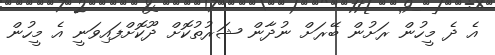
އެ ދެ މީހުން ރަށުން ބޭރަށް ނުދާން ޝަރުތުކޮށް ދޫކޮށްފައިވަނީ އެ މީހުން